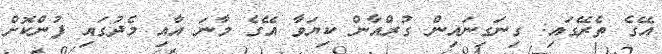
އޭގެ ތެރޭގައި: ގިނަގިނައިން ގުރްއާން ކިޔަވާ އޭގެ މާނަ އާއި މެދުގައި ފުންކޮށް